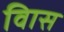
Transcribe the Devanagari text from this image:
विास